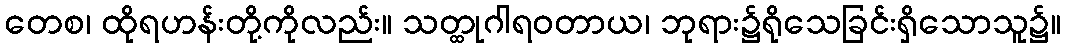
တေစ၊ ထိုရဟန်းတို့ကိုလည်း။ သတ္ထုဂါရဝတာယ၊ ဘုရား၌ရိုသေခြင်းရှိသောသူ၌။